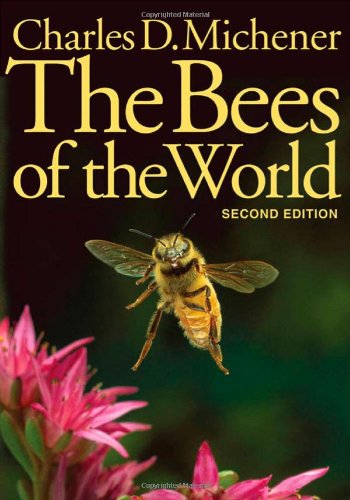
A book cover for The Bees of the World; Charles D. Michener; Science & Math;